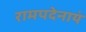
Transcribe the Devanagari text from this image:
रामपदेनायं